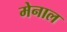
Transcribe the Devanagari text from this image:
मेनाल